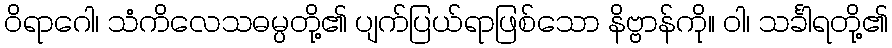
ဝိရာဂေါ၊ သံကိလေသဓမ္ပတို့၏ ပျက်ပြယ်ရာဖြစ်သော နိဗ္ဗာန်ကို။ ဝါ၊ သင်္ခါရတို့၏